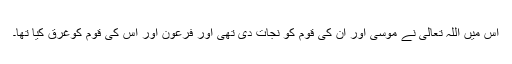
اس میں اللہ تعالیٰ نے موسیٰ اور ان کی قوم کو نجات دی تھی اور فرعون اور اس کی قوم کوغرق کیا تھا۔